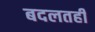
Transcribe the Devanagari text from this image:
बदलतही